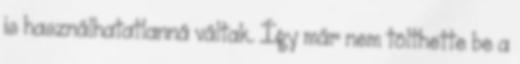
is használhatatlanná váltak. Így már nem tölthette be a